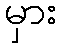
မှား